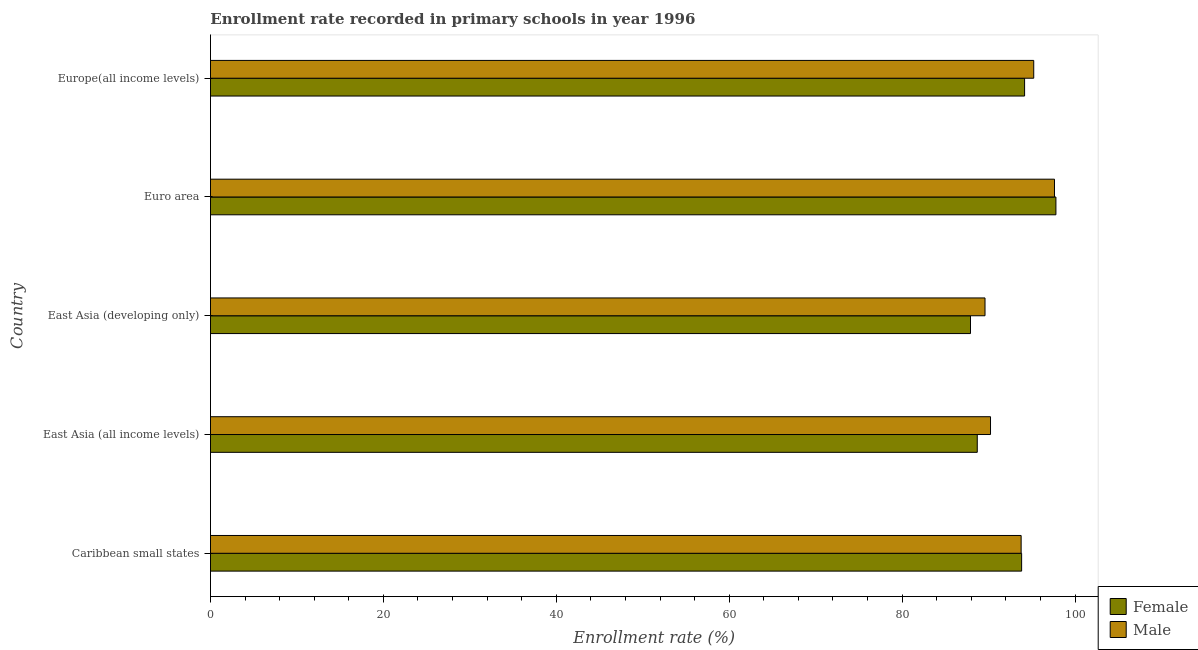
| Country | Female | Male |
 | --- | --- | --- |
 | Caribbean small states | 93.8 | 93.8 |
 | East Asia (all income levels) | 88.7 | 90.2 |
 | East Asia (developing only) | 87.9 | 89.6 |
 | Euro area | 97.8 | 97.6 |
 | Europe(all income levels) | 94.2 | 95.2 |